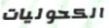
الكحوليات